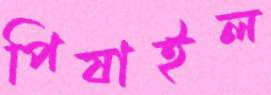
পিষাইল